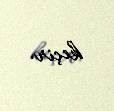
keçir.